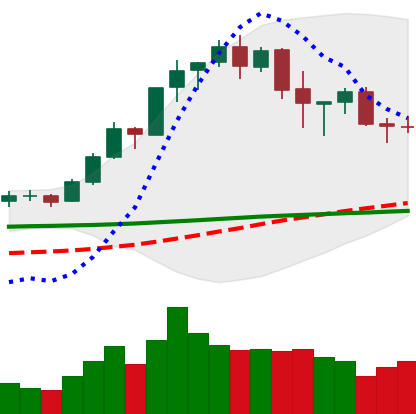
Ticker: BNB-USD
Chart end date: 2020-02-21
Forward return: -15.262%
Label: down_7plus